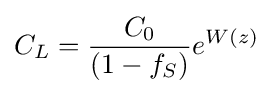
C_{L}={\frac {C_{0}}{(1-f_{S})}}e^{W(z)}